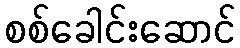
စစ်ခေါင်းဆောင်